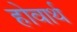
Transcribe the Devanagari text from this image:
होवार्थ